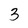
Character: 3